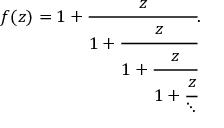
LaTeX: f ( z ) = 1 + { \cfrac { z } { 1 + { \cfrac { z } { 1 + { \cfrac { z } { 1 + { \cfrac { z } { \ddots } } } } } } } } .